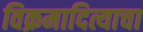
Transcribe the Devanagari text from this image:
विक्रमादित्याचा